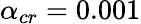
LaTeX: \alpha_{cr}=0.001